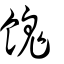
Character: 餽